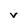
Character: v